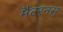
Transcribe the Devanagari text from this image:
मैटरनस्